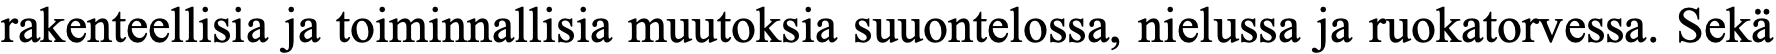
rakenteellisia ja toiminnallisia muutoksia suuontelossa, nielussa ja ruokatorvessa. Sekä